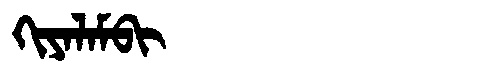
Manchu: ᡴᡳᠶᠠᠯᠠᠮᠪᡳ
Romanization: KIYALAMBI